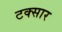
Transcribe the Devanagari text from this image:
टक्सार